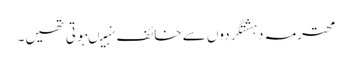
محترمہ دہشتگردوں سے خائف نہیںہوتی تھیں۔